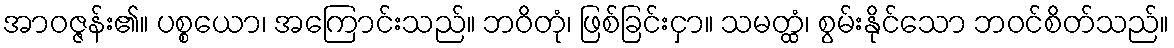
အာဝဇ္ဇန်း၏။ ပစ္စယော၊ အကြောင်းသည်။ ဘဝိတုံ၊ ဖြစ်ခြင်းငှာ။ သမတ္ထံ၊ စွမ်းနိုင်သော ဘဝင်စိတ်သည်။